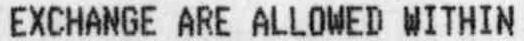
EXCHANGE ARE ALLOWED WITHIN